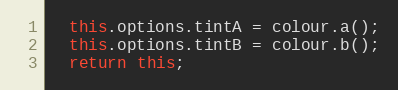
Language: JavaScript
  this.options.tintA = colour.a();
  this.options.tintB = colour.b();
  return this;